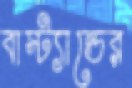
বাস্ট্যান্ডের